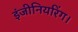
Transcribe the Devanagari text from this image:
इंजीनियरिंग।